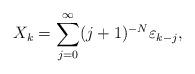
LaTeX: \begin{align*} X_{k}=\sum_{j=0}^{\infty} (j+1)^{-N}\varepsilon_{k-j},\end{align*}